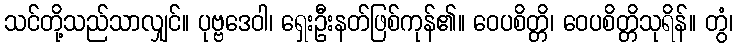
သင်တို့သည်သာလျှင်။ ပုဗ္ဗဒေဝါ၊ ရှေးဦးနတ်ဖြစ်ကုန်၏။ ဝေပစိတ္တိ၊ ဝေပစိတ္တိသုရိန်။ တွံ၊